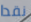
نقدا